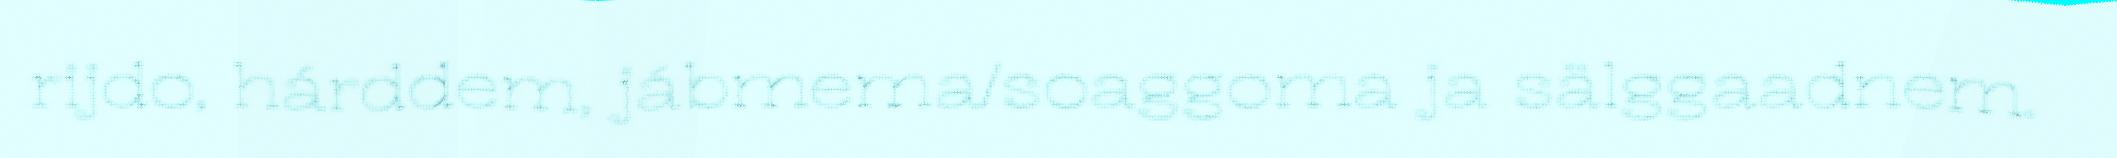
rijdo, hárddem, jábmema/soaggoma ja sälggaadnem.